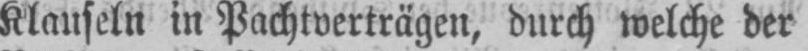
Klauseln in Pachtverträgen, durch welche der